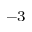
^ { - 3 }